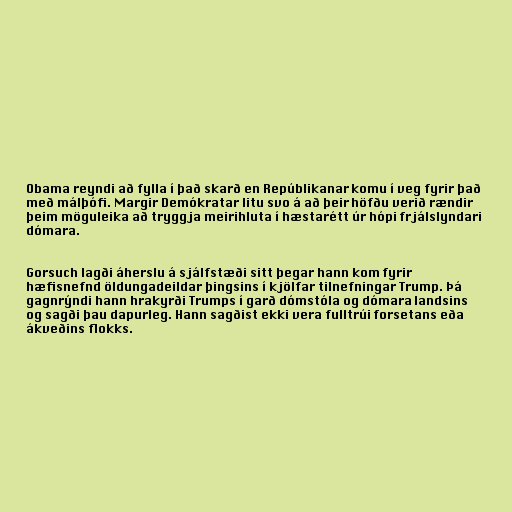
Obama reyndi að fylla í það skarð en Repúblikanar komu í veg fyrir það
með málþófi. Margir Demókratar litu svo á að þeir höfðu verið rændir
þeim möguleika að tryggja meirihluta í hæstarétt úr hópi frjálslyndari
dómara.

Gorsuch lagði áherslu á sjálfstæði sitt þegar hann kom fyrir
hæfisnefnd öldungadeildar þingsins í kjölfar tilnefningar Trump. Þá
gagnrýndi hann hrakyrði Trumps í garð dómstóla og dómara landsins
og sagði þau dapurleg. Hann sagðist ekki vera fulltrúi forsetans eða
ákveðins flokks.